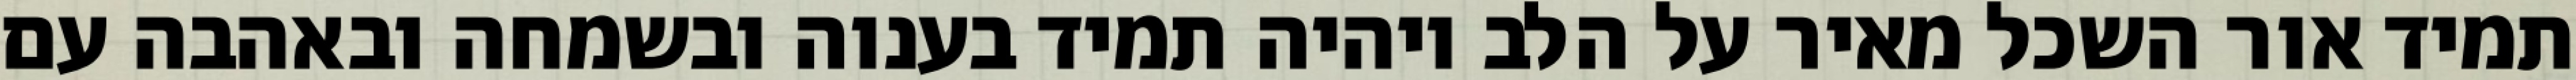
תמיד אור השכל מאיר על הלב ויהיה תמיד בענוה ובשמחה ובאהבה עם